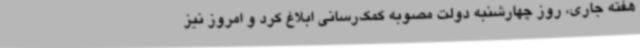
هفته جاری، روز چهارشنبه دولت مصوبه کمک‌رسانی ابلاغ کرد و امروز نیز